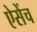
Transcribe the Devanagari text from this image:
ऐसेंच